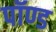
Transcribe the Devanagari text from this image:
पॉण्ड